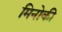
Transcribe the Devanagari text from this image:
मिनोकी